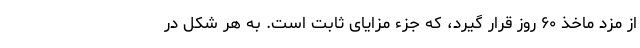
از مزد ماخذ ۶۰ روز قرار گیرد، که جزء مزایای ثابت است. به هر شکل در